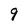
Character: 9